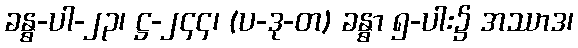
ခန္ဓ-ပါ-၂၃၊ ဋ္ဌ-၂၄၄၊ (ပ-ဒု-တ) ခန္ဓာ ၅-ပါး၌ အဿာဒ၊